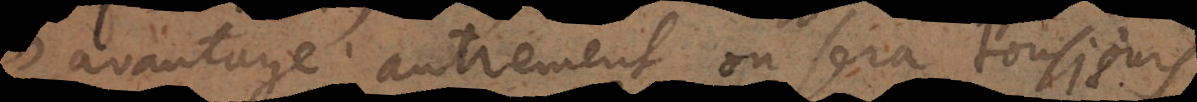
d’avantage; autrement on sera tousjours